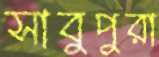
সাবুপুরা